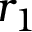
r _ { 1 }